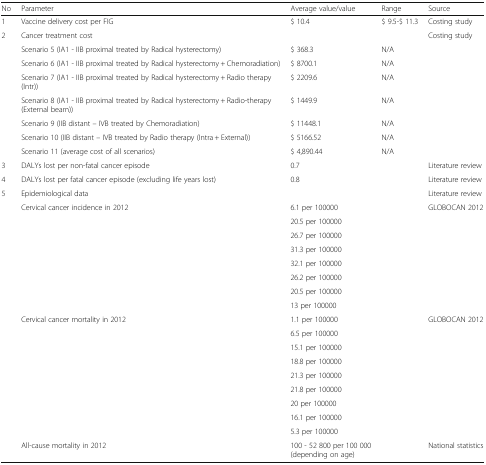
<table><thead><tr><td><b>No</b></td><td><b>Parameter</b></td><td><b>Average value/value</b></td><td><b>Range</b></td><td><b>Source</b></td></tr></thead><tbody><tr><td>1</td><td>Vaccine delivery cost per FIG</td><td>$ 10.4</td><td>$ 9.5-$ 11.3</td><td>Costing study</td></tr><tr><td>2</td><td>Cancer treatment cost</td><td></td><td></td><td>Costing study</td></tr><tr><td></td><td>Scenario 5 (IA1 - IIB proximal treated by Radical hysterectomy)</td><td>$ 368.3</td><td>N/A</td><td></td></tr><tr><td></td><td>Scenario 6 (IA1 - IIB proximal treated by Radical hysterectomy + Chemoradiation)</td><td>$ 8700.1</td><td>N/A</td><td></td></tr><tr><td></td><td>Scenario 7 (IA1 - IIB proximal treated by Radical hysterectomy + Radio therapy (Intr))</td><td>$ 2209.6</td><td>N/A</td><td></td></tr><tr><td></td><td>Scenario 8 (IA1 - IIB proximal treated by Radical hysterectomy + Radio-therapy (External beam))</td><td>$ 1449.9</td><td>N/A</td><td></td></tr><tr><td></td><td>Scenario 9 (IIB distant – IVB treated by Chemoradiation)</td><td>$ 11448.1</td><td>N/A</td><td></td></tr><tr><td></td><td>Scenario 10 (IIB distant – IVB treated by Radio therapy (Intra + External))</td><td>$ 5166.52</td><td>N/A</td><td></td></tr><tr><td></td><td>Scenario 11 (average cost of all scenarios)</td><td>$ 4,890.44</td><td>N/A</td><td></td></tr><tr><td>3</td><td>DALYs lost per non-fatal cancer episode</td><td>0.7</td><td></td><td>Literature review</td></tr><tr><td>4</td><td>DALYs lost per fatal cancer episode (excluding life years lost)</td><td>0.8</td><td></td><td>Literature review</td></tr><tr><td>5</td><td>Epidemiological data</td><td></td><td></td><td>Literature review</td></tr><tr><td rowspan="8"></td><td rowspan="8">Cervical cancer incidence in 2012</td><td>6.1 per 100000</td><td rowspan="8"></td><td rowspan="8">GLOBOCAN 2012</td></tr><tr><td>20.5 per 100000</td></tr><tr><td>26.7 per 100000</td></tr><tr><td>31.3 per 100000</td></tr><tr><td>32.1 per 100000</td></tr><tr><td>26.2 per 100000</td></tr><tr><td>20.5 per 100000</td></tr><tr><td>13 per 100000</td></tr><tr><td rowspan="9"></td><td rowspan="9">Cervical cancer mortality in 2012</td><td>1.1 per 100000</td><td rowspan="9"></td><td rowspan="9">GLOBOCAN 2012</td></tr><tr><td>6.5 per 100000</td></tr><tr><td>15.1 per 100000</td></tr><tr><td>18.8 per 100000</td></tr><tr><td>21.3 per 100000</td></tr><tr><td>21.8 per 100000</td></tr><tr><td>20 per 100000</td></tr><tr><td>16.1 per 100000</td></tr><tr><td>5.3 per 100000</td></tr><tr><td></td><td>All-cause mortality in 2012</td><td>100 - 52 800 per 100 000 (depending on age)</td><td></td><td>National statistics</td></tr></tbody></table>